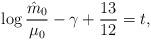
LaTeX: \begin{align*}\log{\hat m_{0} \over \mu_{0}}-\gamma+{13 \over 12}=t,\end{align*}